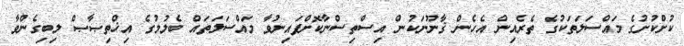
ކުށްކުށުގެ މައްސަލަތަކުގެ ތެރެއިން އެހެން ޤާނޫނަކުން އިސްތިސްނާކޮށްފައިނުވާ މައްސަލަތައް ބެލުމުގެ އިޚްތިޞާޞް ލިބިގެންވާ